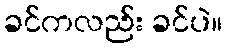
ခင်ကလည်း ခင်ပဲ။